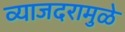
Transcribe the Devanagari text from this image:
व्याजदरामुळे